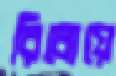
রিবোয়ে